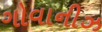
ગોવાનીઝ